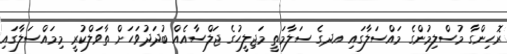
ރޮހިންގާ މުސްލިމުންގެ މައްސަލާގައި އދގެ ސަލާމަތީ މަޖިލީހުގެ ޖަލްސާއެއް ބުދަދުވަހަށް ތާވަލްކުރީ މިމައްސަލާގައި